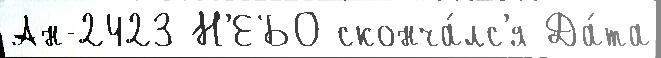
Ан-2423 Н'ЕБО сконча́лс'я Да́та